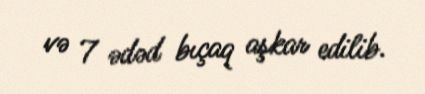
və 7 ədəd bıçaq aşkar edilib.